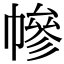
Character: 幓